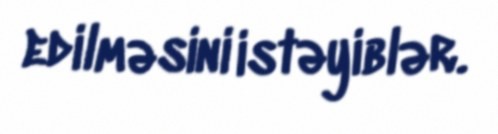
edilməsini istəyiblər.